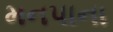
મનપાના